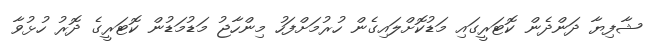
ޝާފިޔާ ދަންދެން ކޮޓަރީގައި މަޑުކޮށްލައިގެން ހުރުމަށްފަހު މިންހާޖު މަޑުމަޑުން ކޮޓަރީގެ ދޮރު ހުޅުވާ